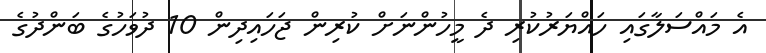
އެ މައްސަލާގައި ހައްޔަރުކުރި ދެ މީހުންނަށް ކުރިން ޖަހައިދިން 10 ދުވަހުގެ ބަންދުގެ